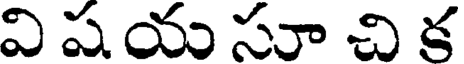
వి ష య సూ చి క